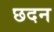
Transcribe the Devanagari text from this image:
छदन